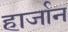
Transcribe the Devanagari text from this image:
हार्जान